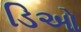
ડિઓ